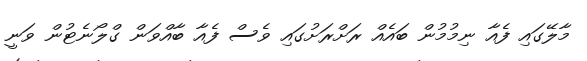
މާލޭގައި ފެއާ ނިމުމުން ބައެއް ރަށްރަށުގައި ވެސް ފެއާ ބާއްވަން ގްލޯނެޓުން ވަނީ